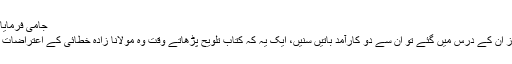
جامی فرمایا کرتے تھے:
ہم جو چند روز اُن کے درس میں گئے تو اُن سے دو کارآمد باتیں سنیں، ایک یہ کہ کتاب تلویح پڑھاتے وقت وہ مولانا زادہ خطائی کے اعتراضات کا رَد کرتے۔